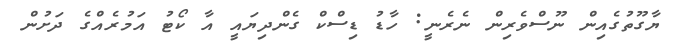
ޔާގޫތުގެއިން ނޫސްވެރިން ނެރެނީ: ހާޑު ޑިސްކް ގެންދިޔައީ އާ ކޯޓު އަމުރެއްގެ ދަށުން